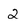
Character: 2